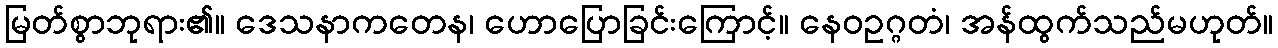
မြတ်စွာဘုရား၏။ ဒေသနာကတေန၊ ဟောပြောခြင်းကြောင့်။ နေဝဥဂ္ဂတံ၊ အန်ထွက်သည်မဟုတ်။